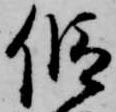
仮